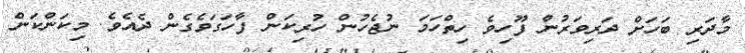
މާދަރި ބަހަށް ދަރިވަރުން ފޫހިވެ ހިތްހަމަ ނުޖެހުން ހުރިކަން ފާހަގަވެގެން ދެއެވެ. މިކަންކަން